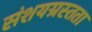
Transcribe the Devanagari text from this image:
संशयग्रस्तता